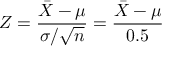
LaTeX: Z = { \frac { { \bar { X } } - \mu } { \sigma / { \sqrt { n } } } } = { \frac { { \bar { X } } - \mu } { 0 . 5 } }